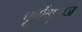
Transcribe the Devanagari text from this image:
पूर्णगुणज